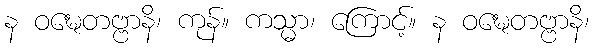
န ဝဍ္ဎေတဗ္ဗာနိ၊ ကုန်။ ကသ္မာ၊ ကြောင့်။ န ဝဍ္ဎေတဗ္ဗာနိ၊